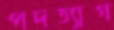
পদত্যাগ